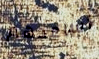
أساعدهم